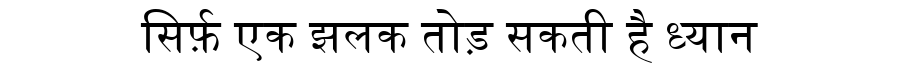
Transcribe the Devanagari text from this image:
सिर्फ़ एक झलक तोड़ सकती है ध्यान